Vaccine operations Central Provinces 1900-1911 - 1900-1911
Year: 1900
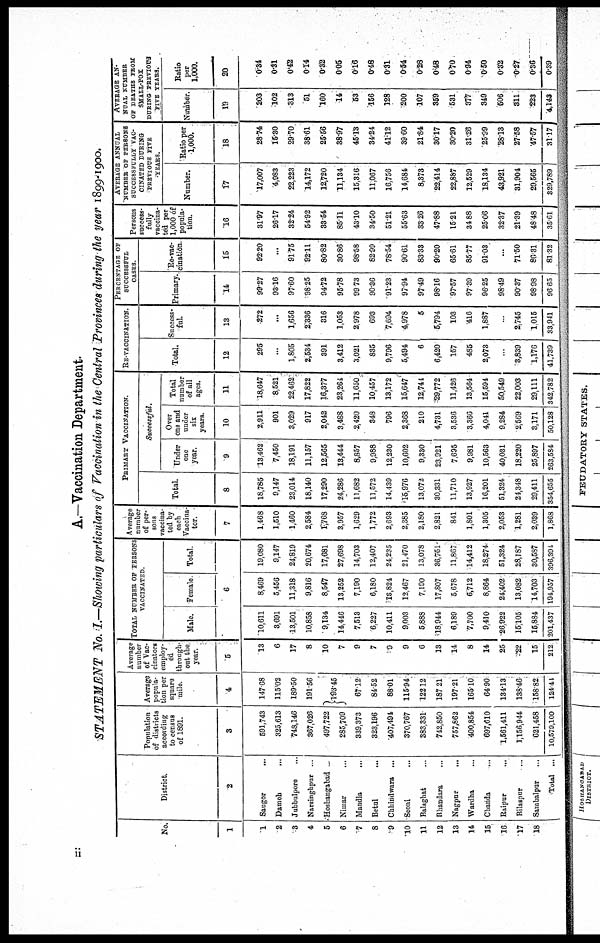
A.—Vaccination Department.
STATEMENT No. I.—Showing particulars of Vaccination in the Central Provinces during the year 1899-1900.
No.
1
1
2
3
4
5
6
7
8
9
10
11
12
13
14
15
16
17
18
District.
2
Saugor
...
Damoh
...
Jubbulpore ...
Narsinghpur ...
Hoshangabad ...
Nimar ...
Mandla ...
Betul ...
Chhindwara ...
Seoni ...
Balaghat ...
Bhandara ...
Nagpur
...
Wardha ...
Chanda ...
Raipur
...
Bilaspur ...
Sambalpur ...
Total ...
Population
of districts
according
to census
of 1891.
3
591,743
325,613
748,146
367,026
497,722
285,709
339,373
323,196
407,494
370,767
383,331
742,850
757,862
400,854
697,610
1,561,411
1,156,944
621,458
10,579,109
Average
popula-
tion per
square
mile.
4
147.68
115.02
189.50
191.56
193.45
67.12
84.52
88.01
115.94
122.12
187.21
197.21
165.10
64.90
134.13
138.46
158.82
124.41
Average
number
of Vac-
cinators
employ-
ed
through-
out the
year.
5
13
6
17
8
10
7
9
7
9
9
6
13
14
8
14
25
22
15
212
TOTAL NUMBER OP PERSONS
VACCINATED.
Male. Female
Total.
6
10,611
3,691
13,501
10,858
9,134
14,446
7,513
6,227
10,411
9,003
5,888
18,944
6,189
7,700
9,410
26,922
15,105
15,884
201,437
8,469
5,456
11,318
9,816
8,547
13,252
7,190
6,180
18,824
12,467
7,190
17,807
5,678
6,712
8,864
24,402
13,082
14,703
194,957
19,080
9,147
24,819
20,674
17,681
27,698
14,703
12,407
24,235
21,470
13,078
36,751
11,867
14,412
18,274
51,324
28,187
30,587
396,391
Average
number
of per-
sons
vaccina-
ted by
each
Vaccina-
tor.
7
1,468
1,510
1,460
2,584
1,768
3,957
1,629
1,772
2,693
2,385
2,180
2,821
841
1,801
1,305
2,053
1,281
2,039
1,868
PRIMARY VACCINATION.
Total.
8
18,785
9,147
23,014
18,140
17,290
24,286
11,682
11,572
14,439
15,976
13,072
30,331
11,710
13,927
16,201
51,324
24,348
29,411
354,655
Successful.
Under
one
year.
9
13,462
7,450
18,191
11,157
12,565
13,444
8,857
9,988
12,230
10,602
9,330
23,921
7,695
9,981
10,563
40,031
18,220
25,897
263,584
Over
one and
under
six
years
10
2,911
901
3,029
917
2,042
3,488
2,420
348
796
2,368
210
4,731
3,536
3,366
4,041
9,284
2,569
3,171
50,128
Total
number
of all
ages.
11
18,647
8,521
22,462
17,822
16,377
23,264
11,650
10,457
13,172
15,647
12,744
29,772
11,426
13,564
15,594
50,549
22,003
29,111
342,782
RE-VACCINATION.
Total.
12
295
...
1,805
2,534
391
3,412
3,021
835
9,796
5,494
6
6,420
157
485
2,073
...
3,839
1,176
41,739
Success-
ful.
13
272
...
1,656
2,336
316
1,053
2,978
693
7,694
4,978
5
5,794
103
416
1,887
...
2,745
1,015
33,941
PERCENTAGE OF
SUCCESSFUL
CASES
Primary.
14
99.27
93.16
97.60
98.25
94.72
95.78
99.73
90.36
91.23
97.94
97.49
98.16
97.57
97.39
96.25
98.49
90.37
98.98
96.65
Re-vac-
cination
15
92.20
...
91.75
92.11
80.82
30.86
98.58
82.99
78.54
90.61
83.33
90.20
65.61
85.77
91.03
...
71.50
86.31
81.32
Persons
success-
fully
vaccina-
ted per
1,000 of
popula-
tion.
16
31.97
26.17
32.24
54.92
33.54
85.11
43.10
34.50
51.21
55.63
33.26
47.88
15.21
34.88
25.06
32.37
21.39
48.48
35.61
AVERAGE ANNUAL
NUMBER OF PERSONS
SUCCESSFULLY VAC-
CINATED DURING
PREVIOUS FIVE
YEARS.
Number.
17
17,007
4,983
22,223
14,172
12,720
11,134
15,316
11,067
16,756
14,684
8,373
22,414
22,887
12,529
18,134
43,921
31,904
29,565
329,789
Ratio per
1,000.
18
28.74
15.30
29.70
38.61
25.56
38.97
45.13
34.24
41.12
39.60
21.84
30.17
30.20
31.26
25.99
28.13
27.58
47.57
31.17
AVERAGE AN-
NUAL NUMBER
OF DEATHS FROM
SMALL-POX
DURING PREVIOUS
FIVE YEARS.
Number.
19
203
102
313
51
160
14
53
156
128
200
107
359
531
377
349
506
311
223
4,143
Ratio
per
1,000.
20
0.34
0.31
0.42
0.14
0.32
0.05
0.16
0.48
0.31
0.54
0.28
0.48
0.70
0.94
0.50
0.32
0.27
0.36
0.39
ii